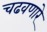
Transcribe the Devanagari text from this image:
चढवणारे